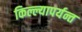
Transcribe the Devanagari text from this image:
किल्ल्यापर्यन्त